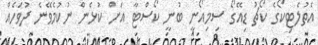
އެތުލެޓިކޯގެ ކޯޗު ޑިއޭގޯ ސިމިއޯނީ ބުނީ ކޯސްޓާ އަށް ކުޅެން ނުކުމެވޭނެ ދުވަހެއް